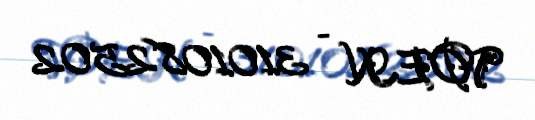
VOEN - 3101082502